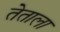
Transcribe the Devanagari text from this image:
तेताला